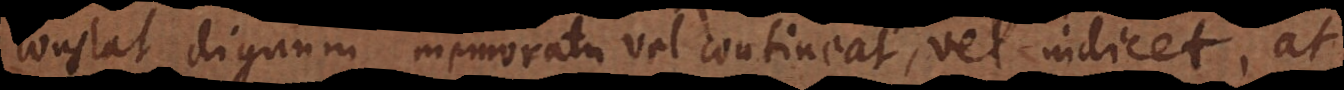
constat dignum memoratu vel contineat, vel indicet, at